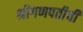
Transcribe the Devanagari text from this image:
श्रीगणपतीची